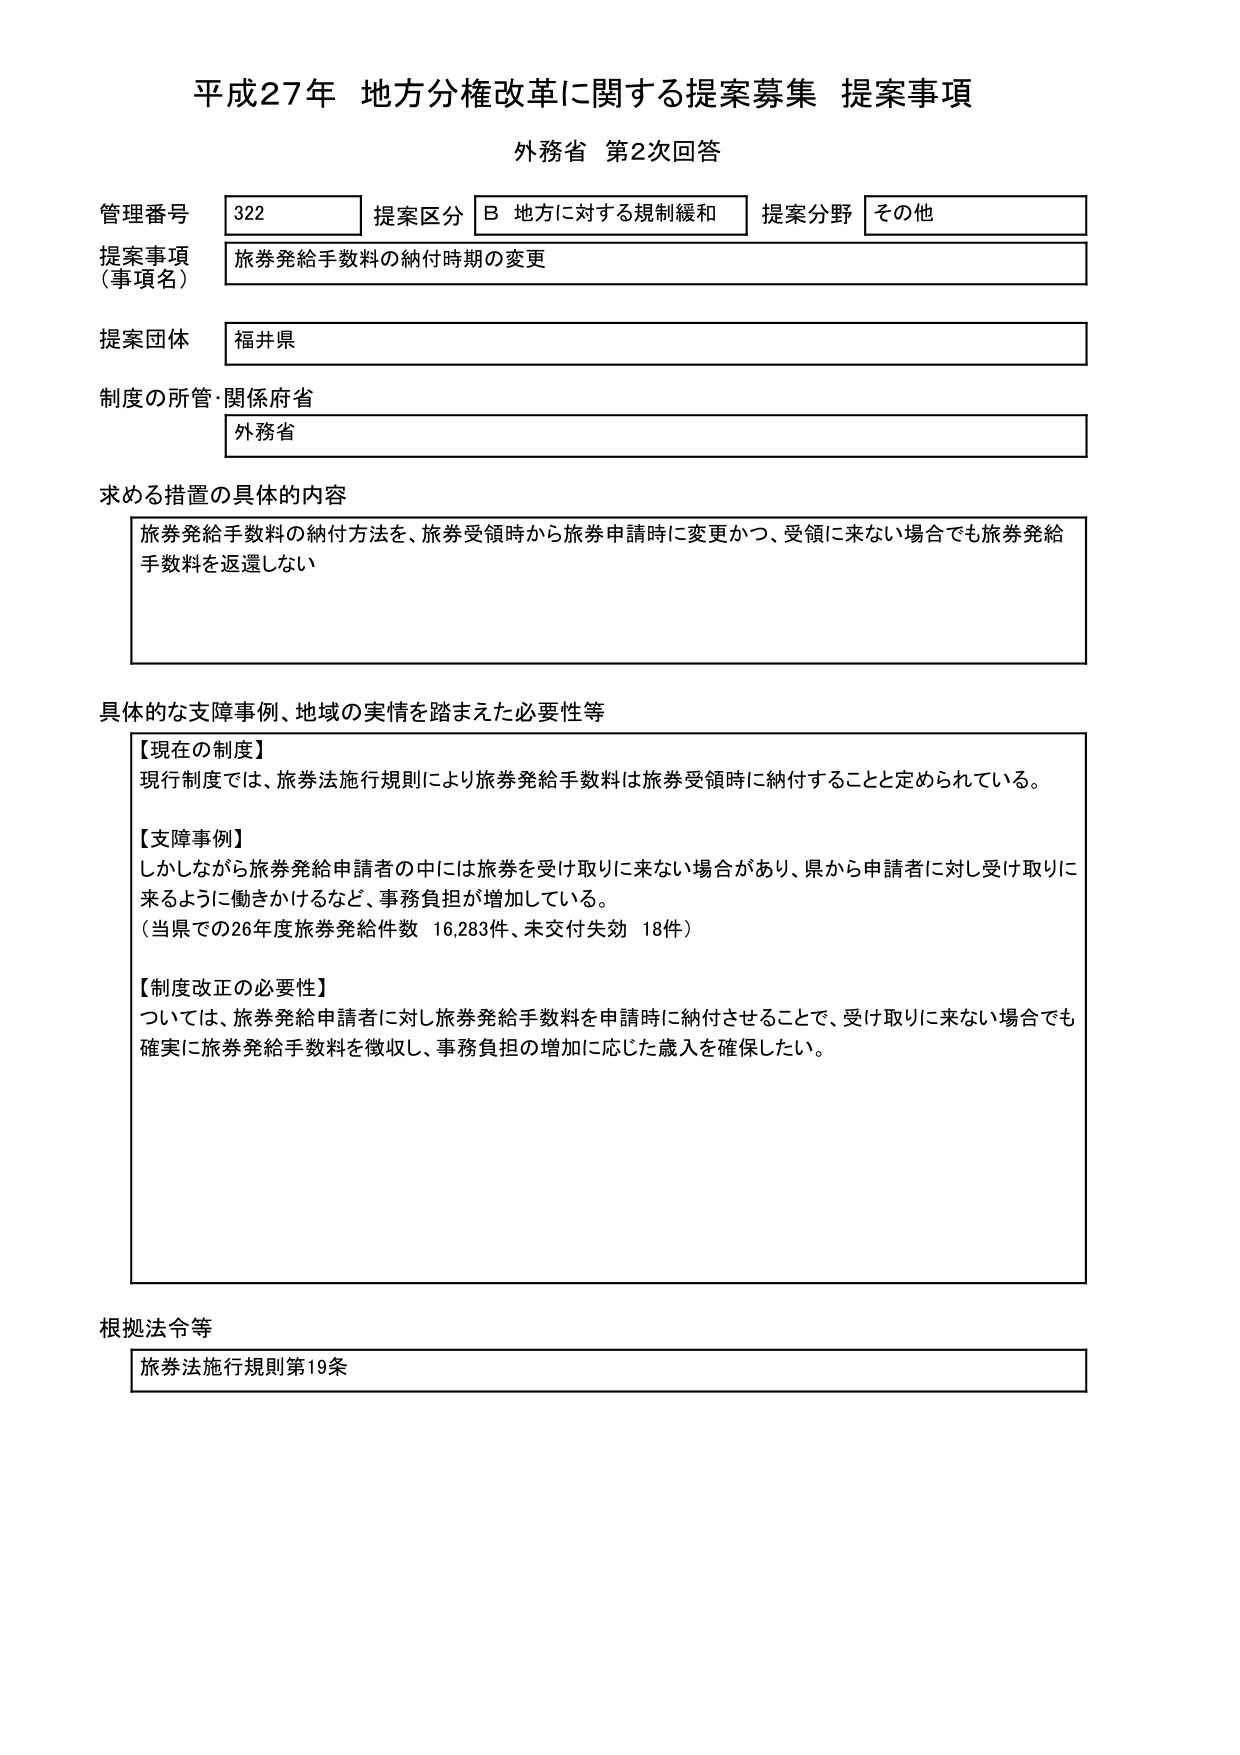
平成27年 地方分権改革に関する提案募集 提案事項
外務省 第2次回答

管理番号 322 提案区分 B 地方に対する規制緩和 提案分野 その他
提案事項（事項名） 旅券発給手数料の納付時期の変更
提案団体 福井県
制度の所管・関係府省 外務省

求める措置の具体的な内容
旅券発給手数料の納付方法を、旅券受領時から旅券申請時に変更かつ、受領に来ない場合でも旅券発給手数料を返還しない

具体的な支障事例、地域の実情を踏まえた必要性等
【現在の制度】
現行制度では、旅券法施行規則により旅券発給手数料は旅券受領時に納付することと定められている。

【支障事例】
しかしながら旅券発給申請者の中には旅券を受け取りに来ない場合があり、県から申請者に対し受け取りに来るように働きかけるなど、事務負担が増加している。
（当県での26年度旅券発給件数 16,283件、未交付失効 18件）

【制度改正の必要性】
ついては、旅券発給申請者に対し旅券発給手数料を申請時に納付させることで、受け取りに来ない場合でも確実に旅券発給手数料を徴収し、事務負担の増加に応じた歳入を確保したい。

根拠法令等
旅券法施行規則第19条